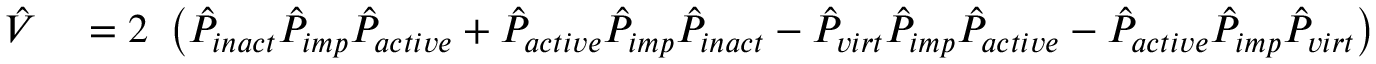
\begin{array} { r l } { \hat { V } } & { { } = 2 \ \left( \hat { P } _ { i n a c t } \hat { P } _ { i m p } \hat { P } _ { a c t i v e } + \hat { P } _ { a c t i v e } \hat { P } _ { i m p } \hat { P } _ { i n a c t } - \hat { P } _ { v i r t } \hat { P } _ { i m p } \hat { P } _ { a c t i v e } - \hat { P } _ { a c t i v e } \hat { P } _ { i m p } \hat { P } _ { v i r t } \right) } \end{array}